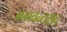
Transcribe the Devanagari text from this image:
भगवन्तराव